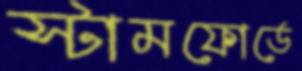
স্টামফোর্ডে